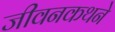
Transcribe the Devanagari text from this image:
जीवनकथने